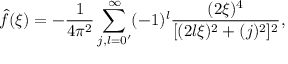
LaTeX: \widehat { f } ( \xi ) = - \frac { 1 } { 4 \pi ^ { 2 } } \sum _ { j , l = 0 ^ { \prime } } ^ { \infty } ( - 1 ) ^ { l } \frac { ( 2 \xi ) ^ { 4 } } { [ ( 2 l \xi ) ^ { 2 } + ( j ) ^ { 2 } ] ^ { 2 } } ,